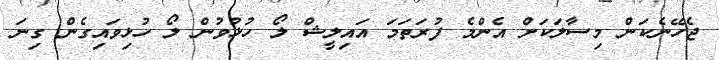
ޖެހޭނެކަން މިސާލަކަށް އެންމެ ފުރަތަމަ އައިލީޝް ލޯ ހުޅުވުން ލޯ ހުޅިވައިގެން ގިނަ